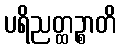
ပရိညတ္ထဉ္စာတိ